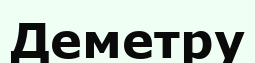
Деметру